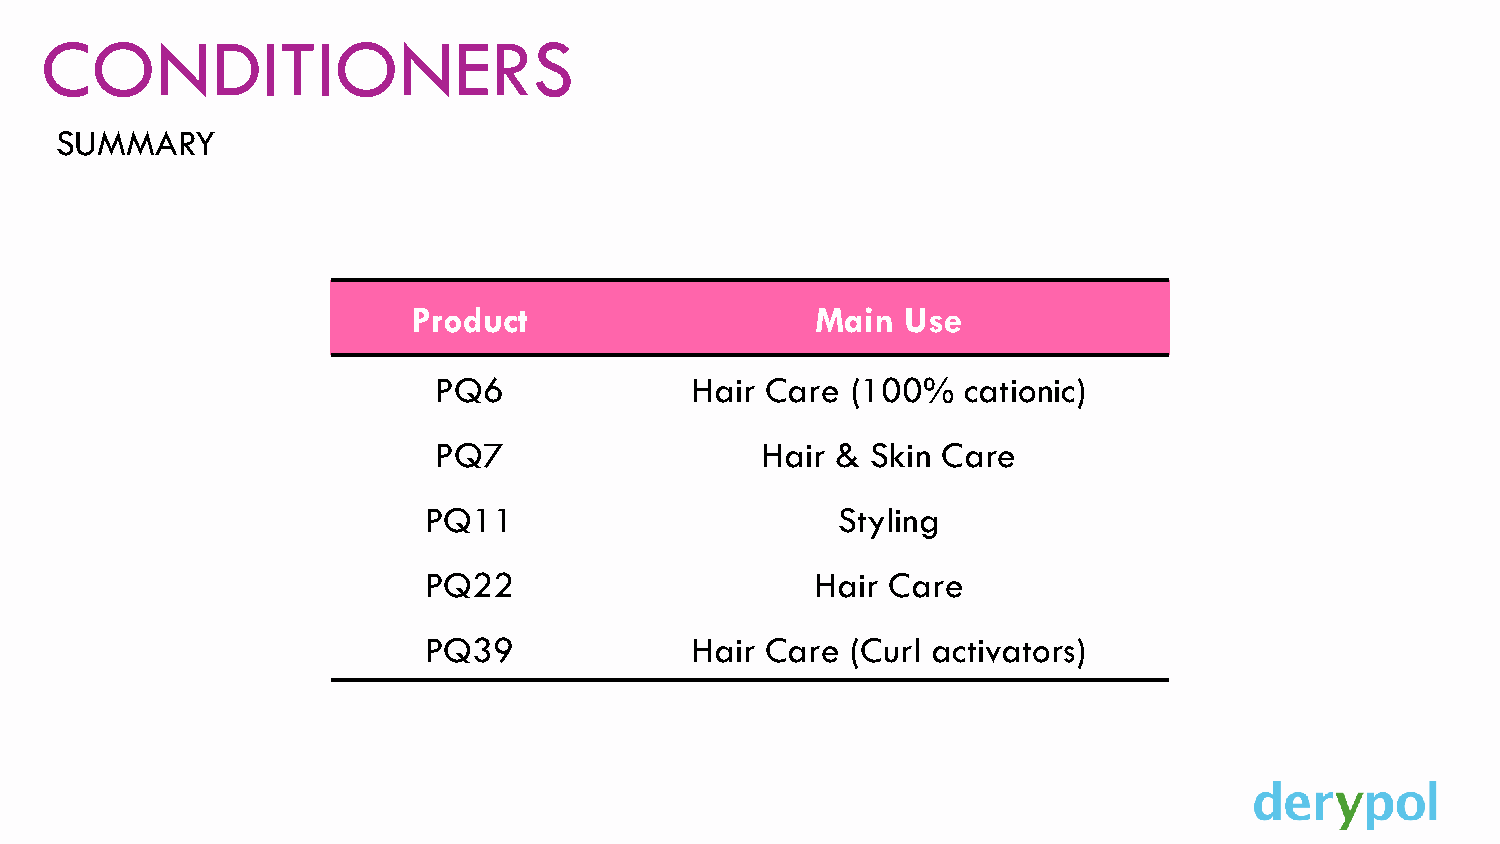
CONDITIONERS
 SUMMARY
 Product                    Main  Use
 PQ6              Hair Care (100%   cationic)
 PQ7                  Hair &  Skin Care
 PQ11                       Styling
 PQ22                      Hair Care
 PQ39              Hair Care (Curl activators)